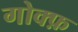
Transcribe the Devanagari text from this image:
गोक्फ़